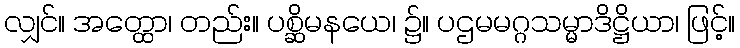
လျှင်။ အတ္ထော၊ တည်း။ ပစ္ဆိမနယေ၊ ၌။ ပဌမမဂ္ဂသမ္မာဒိဋ္ဌိယာ၊ ဖြင့်။